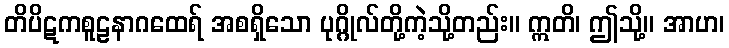
တိပိဋကစူဠနာဂထေရ် အစရှိသော ပုဂ္ဂိုလ်တို့ကဲ့သို့တည်း။ ဣတိ၊ ဤသို့။ အာဟ၊